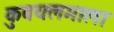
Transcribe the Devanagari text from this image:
कुवयलमाला